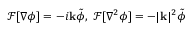
\mathcal { F } [ \nabla \phi ] = - i \mathbf { k } \tilde { \phi } , \ \mathcal { F } [ \nabla ^ { 2 } \phi ] = - | \mathbf { k } | ^ { 2 } \tilde { \phi }